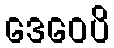
ဒေဝေပိ